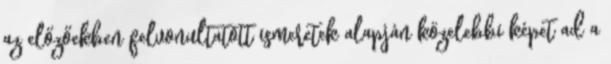
az előzőekben felvonultatott ismeretek alapján közelebbi képet ad a